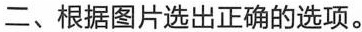
二、根据图片选出正确的选项。